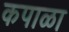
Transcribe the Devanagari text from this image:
कपाळा